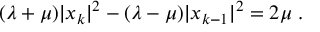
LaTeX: ( \lambda + \mu ) | x _ { k } | ^ { 2 } - ( \lambda - \mu ) | x _ { k - 1 } | ^ { 2 } = 2 \mu \; .